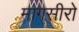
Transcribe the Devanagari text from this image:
मागसीरो